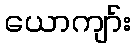
ယောကျာ်း